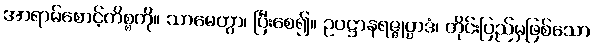
အာရာမ်စောင့်ကိစ္စကို။ သာမေတွာ၊ ပြီးစေ၍။ ဥပဋ္ဌာနရဇ္ဇုပ္ပာဒံ၊ တိုင်းပြည်မှဖြစ်သော